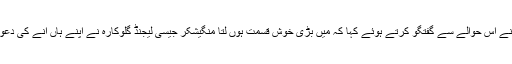
عاصمہ لتا نے اس حوالے سے گفتگو کرتے ہوئے کہا کہ میں بڑی خوش قسمت ہوں لتا منگیشکر جیسی لیجنڈ گلوکارہ نے اپنے ہاں آنے کی دعوت دی ہے۔